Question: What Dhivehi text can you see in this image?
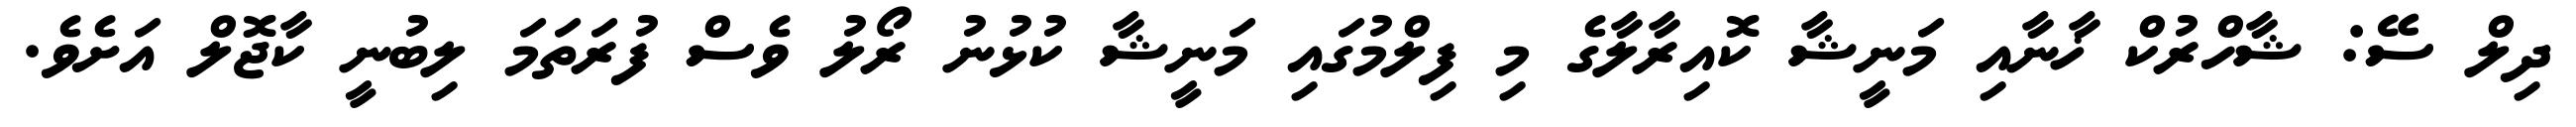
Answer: ދިލް ސޭ: ޝާހްރުކް ޚާނާއި މަނީޝާ ކޮއިރާލާގެ މި ފިލްމުގައި މަނީޝާ ކުޅުނު ރޯލު ވެސް ފުރަތަމަ ލިބުނީ ކާޖޮލް އަށެވެ.